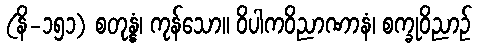
(နိ-၁၅၁) စတုန္နံ၊ ကုန်သော။ ဝိပါကဝိညာဏာနံ၊ စက္ခုဝိညာဉ်